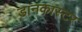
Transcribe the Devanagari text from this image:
डानकास्टर